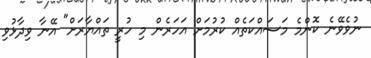
ނުވެވޭނެ ކޮންމެ މަސައްކަތެއް ކުރުމަށް އަހަރެން މި ހުރީ ތައްޔާރަށް" އޭނާ ވިދާޅުވި